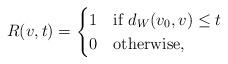
LaTeX: \begin{align*}R(v, t) = \begin{cases} 1 &\mbox{if } d_W(v_0, v) \leq t\\ 0 &\mbox{otherwise,}\end{cases}\end{align*}